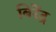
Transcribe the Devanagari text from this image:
बिरेंद्र